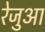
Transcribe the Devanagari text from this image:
रेजुआ